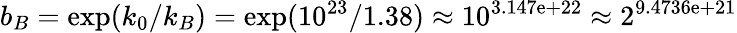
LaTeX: b_{B}=\exp(k_{0}/k_{B})=\exp(10^{23}/1.38)\approx 10^{3.147\mathrm{e}+22}\approx 2^{9.4736\mathrm{e}+21}